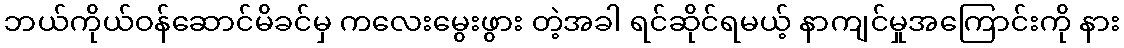
ဘယ်ကိုယ်ဝန်ဆောင်မိခင်မှ ကလေးမွေးဖွား တဲ့အခါ ရင်ဆိုင်ရမယ့် နာကျင်မှုအကြောင်းကို နား